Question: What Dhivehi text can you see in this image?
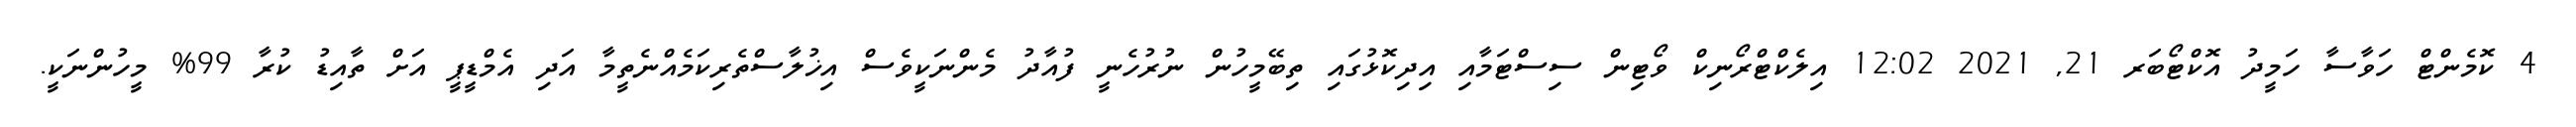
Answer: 4 ކޮމެންޓް ހަވާސާ ހަމީދު އޮކްޓޯބަރ 21, 2021 12:02 އިލެކްޓްރޯނިކް ވޯޓިން ސިސްޓަމާއި އިދިކޮޅުގައި ތިބޭމީހުން ނުރުހެނީ ފުއާދު މެންނަކީވެސް އިޚުލާސްތެރިކަމެއްނެތީމާ އަދި އެމްޑީޕީ އަށް ތާއިޑު ކުރާ 99% މީހުންނަކީ.